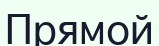
Прямой